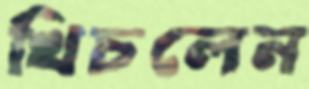
খিচলেন